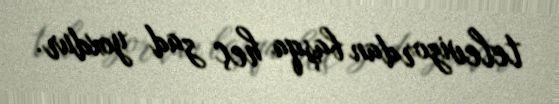
televizordan başqa heç zad yoxdur.